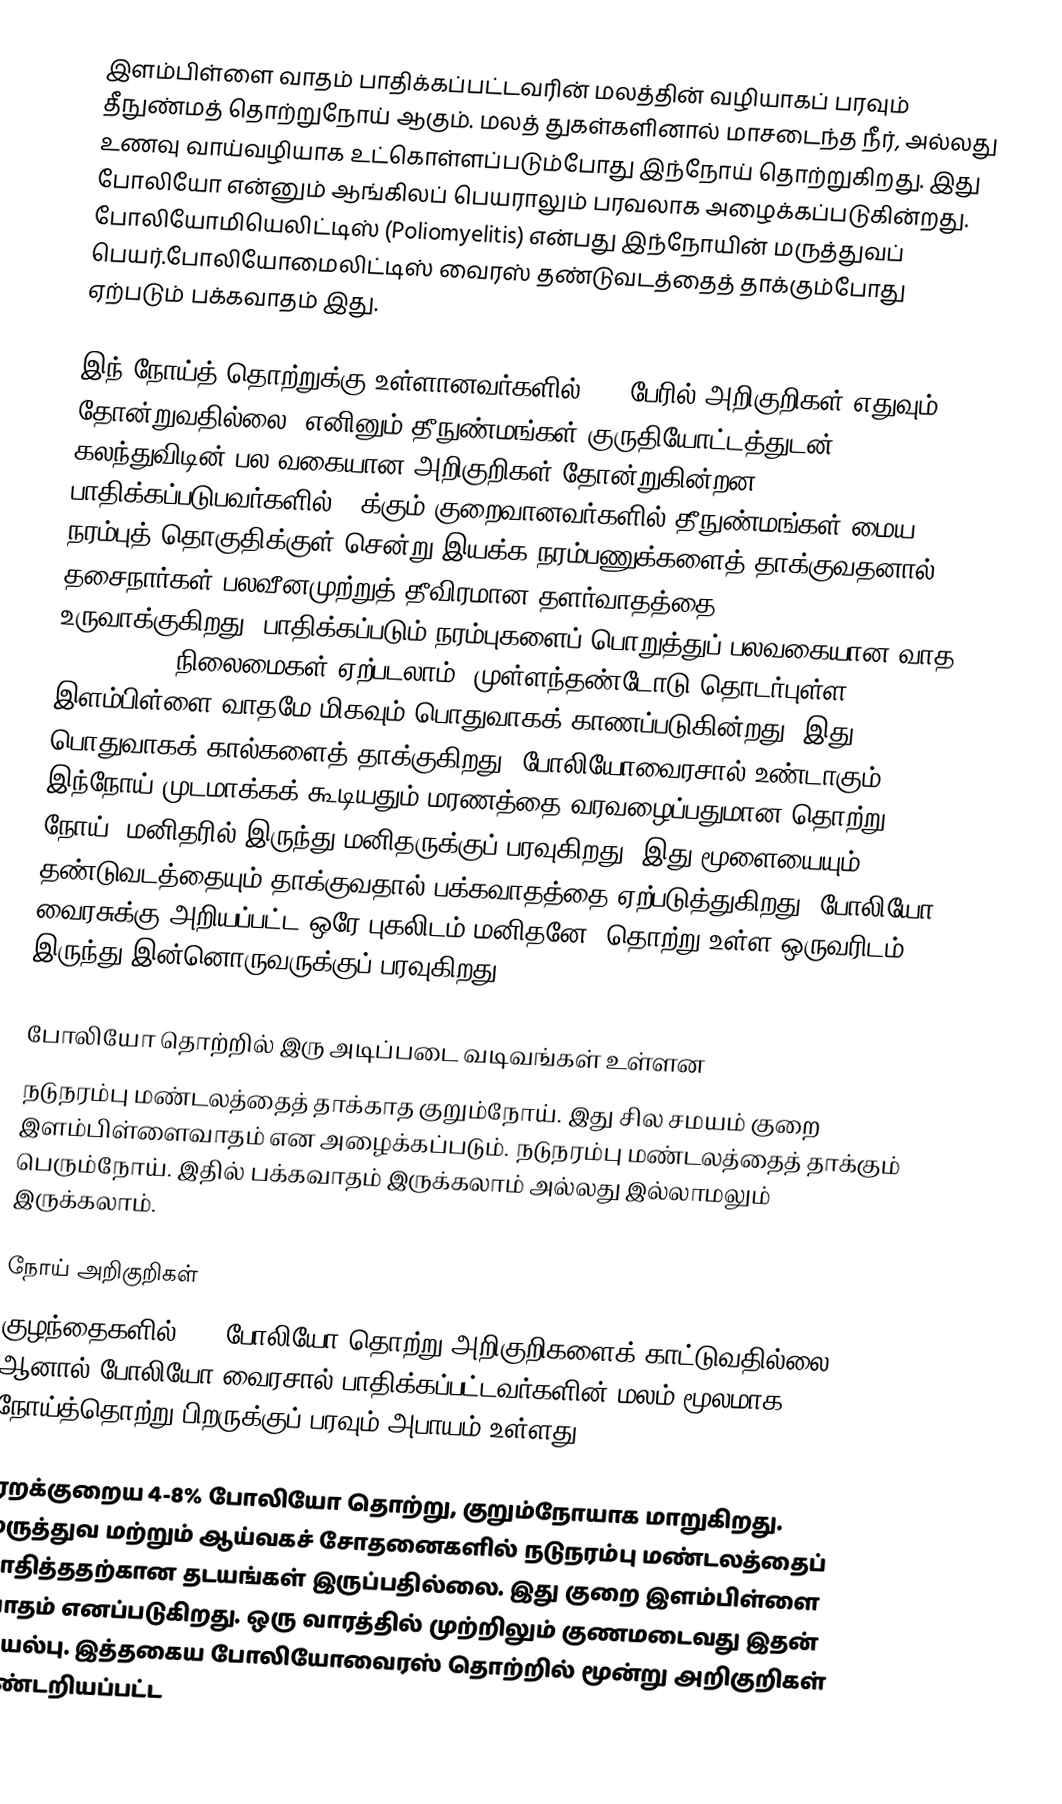
இளம்பிள்ளை வாதம் பாதிக்கப்பட்டவரின் மலத்தின் வழியாகப் பரவும் தீநுண்மத் தொற்றுநோய் ஆகும். மலத் துகள்களினால் மாசடைந்த நீர், அல்லது உணவு வாய்வழியாக உட்கொள்ளப்படும்போது இந்நோய் தொற்றுகிறது. இது போலியோ என்னும் ஆங்கிலப் பெயராலும் பரவலாக அழைக்கப்படுகின்றது. போலியோமியெலிட்டிஸ் (Poliomyelitis) என்பது இந்நோயின் மருத்துவப் பெயர்.போலியோமைலிட்டிஸ் வைரஸ் தண்டுவடத்தைத் தாக்கும்போது ஏற்படும் பக்கவாதம் இது.

இந் நோய்த் தொற்றுக்கு உள்ளானவர்களில் 90% பேரில் அறிகுறிகள் எதுவும் தோன்றுவதில்லை. எனினும் தீநுண்மங்கள் குருதியோட்டத்துடன் கலந்துவிடின் பல வகையான அறிகுறிகள் தோன்றுகின்றன. பாதிக்கப்படுபவர்களில் 1%க்கும் குறைவானவர்களில் தீநுண்மங்கள் மைய நரம்புத் தொகுதிக்குள் சென்று இயக்க நரம்பணுக்களைத் தாக்குவதனால் தசைநார்கள் பலவீனமுற்றுத் தீவிரமான தளர்வாதத்தை (flaccid paralysis) உருவாக்குகிறது. பாதிக்கப்படும் நரம்புகளைப் பொறுத்துப் பலவகையான வாத (paralysis) நிலைமைகள் ஏற்படலாம். முள்ளந்தண்டோடு தொடர்புள்ள இளம்பிள்ளை வாதமே மிகவும் பொதுவாகக் காணப்படுகின்றது. இது பொதுவாகக் கால்களைத் தாக்குகிறது. போலியோவைரசால் உண்டாகும் இந்நோய் முடமாக்கக் கூடியதும் மரணத்தை வரவழைப்பதுமான தொற்று நோய். மனிதரில் இருந்து மனிதருக்குப் பரவுகிறது. இது மூளையையும், தண்டுவடத்தையும் தாக்குவதால் பக்கவாதத்தை ஏற்படுத்துகிறது. போலியோ வைரசுக்கு அறியப்பட்ட ஒரே புகலிடம் மனிதனே. தொற்று உள்ள ஒருவரிடம் இருந்து இன்னொருவருக்குப் பரவுகிறது.

போலியோ தொற்றில் இரு அடிப்படை வடிவங்கள் உள்ளன
நடுநரம்பு மண்டலத்தைத் தாக்காத குறும்நோய். இது சில சமயம் குறை இளம்பிள்ளைவாதம் என அழைக்கப்படும். நடுநரம்பு மண்டலத்தைத் தாக்கும் பெரும்நோய். இதில் பக்கவாதம் இருக்கலாம் அல்லது இல்லாமலும் இருக்கலாம்.

நோய் அறிகுறிகள்
குழந்தைகளில் 72% போலியோ தொற்று அறிகுறிகளைக் காட்டுவதில்லை. ஆனால் போலியோ வைரசால் பாதிக்கப்பட்டவர்களின் மலம் மூலமாக, நோய்த்தொற்று பிறருக்குப் பரவும் அபாயம் உள்ளது.

ஏறக்குறைய 4-8% போலியோ தொற்று, குறும்நோயாக மாறுகிறது. மருத்துவ மற்றும் ஆய்வகச் சோதனைகளில் நடுநரம்பு மண்டலத்தைப் பாதித்ததற்கான தடயங்கள் இருப்பதில்லை. இது குறை இளம்பிள்ளை வாதம் எனப்படுகிறது. ஒரு வாரத்தில் முற்றிலும் குணமடைவது இதன் இயல்பு. இத்தகைய போலியோவைரஸ் தொற்றில் மூன்று அறிகுறிகள் கண்டறியப்பட்ட